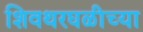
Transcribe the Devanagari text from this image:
शिवथरघळीच्या